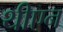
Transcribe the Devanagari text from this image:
थीएन